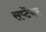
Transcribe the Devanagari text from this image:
सप्टॆंबर